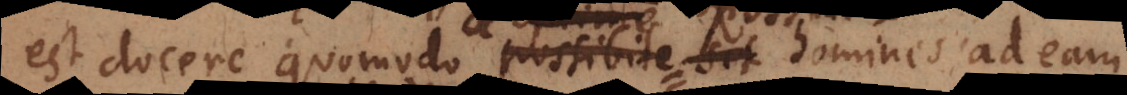
est docere quomodo possibile sit optime sit hom